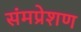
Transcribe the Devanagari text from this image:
संमप्रेशण